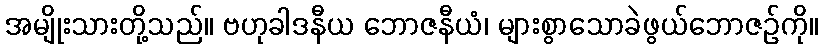
အမျိုးသားတို့သည်။ ဗဟုခါဒနီယ ဘောဇနီယံ၊ များစွာသောခဲဖွယ်ဘောဇဉ်ကို။